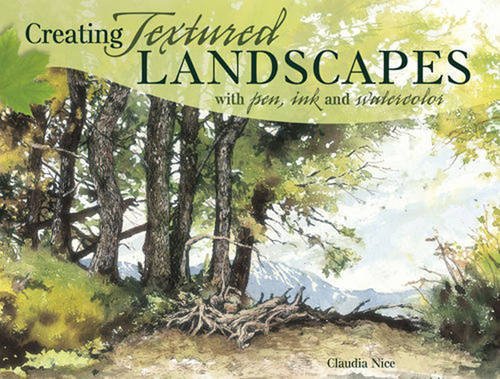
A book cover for Creating Textured Landscapes with Pen, Ink and Watercolor; Claudia Nice; Arts & Photography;